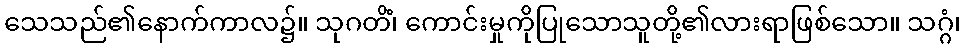
သေသည်၏နောက်ကာလ၌။ သုဂတိံ၊ ကောင်းမှုကိုပြုသောသူတို့၏လားရာဖြစ်သော။ သဂ္ဂံ၊